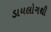
ડાયલોગથી